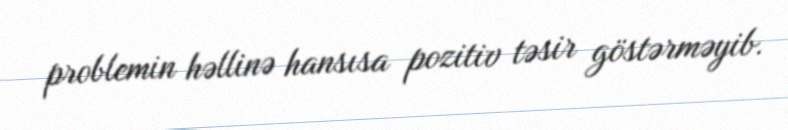
problemin həllinə hansısa pozitiv təsir göstərməyib.